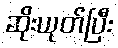
ဆိုးယုတ်ပြီး